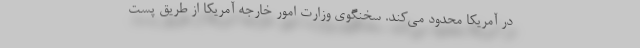
در آمریکا محدود می‌کند. سخنگوی وزارت امور خارجه آمریکا از طریق پست